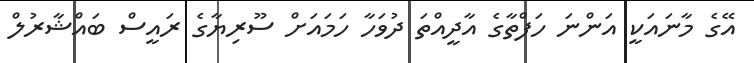
އޭގެ މާނައަކީ އަންނަ ހަފްތާގެ އާދީއްތަ ދުވަހާ ހަމައަށް ސޫރިޔާގެ ރައީސް ބައްޝާރުލް